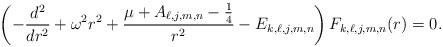
\begin{align*}\left( -\frac{d^{2}}{dr^{2}}+\omega ^{2}r^{2}+\frac{\mu +A_{\ell,j,m,n}-\frac{1}{4}}{r^{2}}-E_{k,\ell,j,m,n} \right) F_{k,\ell,j,m,n}(r)=0. \end{align*}